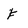
Character: f